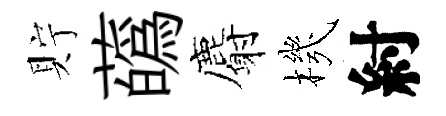
貯蘤麝機紂